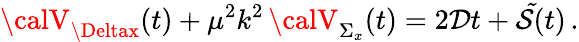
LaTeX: {\calV}_{\Deltax}(t)+\mu^{2}k^{2}\, {\calV}_{\Sigma_{x}}(t)=2\mathcal{D}t+{\cal\tilde{{S}}}(t)\, .